Lunatic asylums Madras 1892-1911 - 1892-1911
Year: 1892
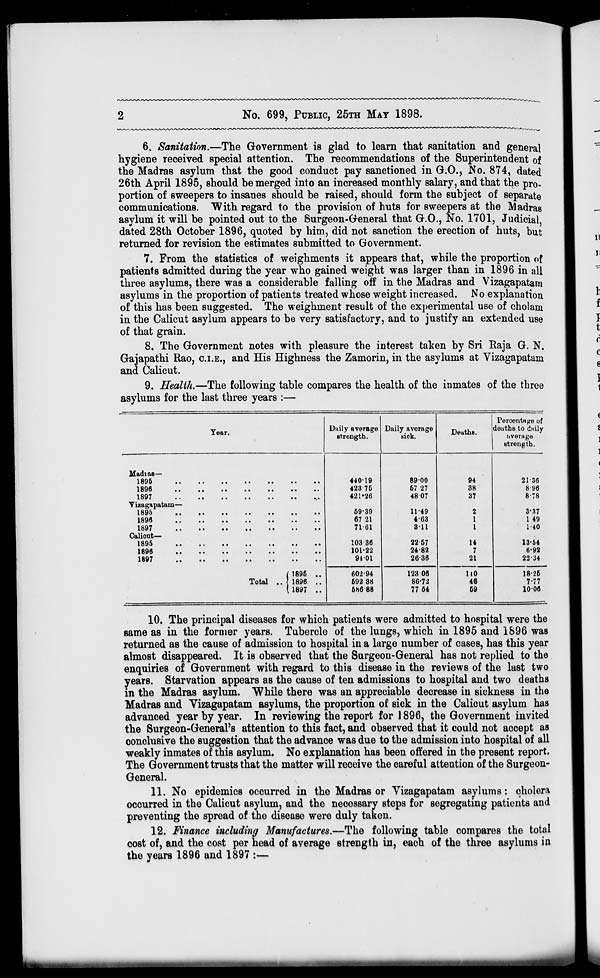
No. 699, PUBLIC, 25TH MAT 1898.
6. Sanitation.—The Government is glad to learn that sanitation and general
hygiene received special attention. The recommendations of the Superintendent of
the Madras asylum that the good conduct pay sanctioned in G.O., $o. 874, dated
26th April 1895, should be merged into an increased monthly salary, and that the pro-
portion of sweepers to insanes should be raised, should form the subject of separate
communications. "With regard to the provision of huts for sweepers at the Madras
asylum it will be pointed out to the Surgeon-General that G.O., No. 1701, Judicial
dated 28th October 1896, quoted by him, did not sanction the erection of huts, but
returned for revision the estimates submitted to Government.
7. From the statistics of weighments it appears that, while the proportion of
patients admitted during the year who gained weight was larger than in 1896 in all
three asylums, there was a considerable falling off in the Madras and Vizagapatam
asylums in the proportion of patients treated whose weight increased. No explanation
of this has been suggested. The weighment result of the experimental use of cholam
in the Calicut asylum appears to be very satisfactory, and to justify an extended use
of that grain.
8. The Government notes with pleasure the interest taken by Sri Eaja G. N.
Gajapathi Rao, C.I.E., and His Highness the Zamorin, in the asylums at Vizagapatam
and Calicut.
9. Health.—The following table compares the health of the inmates of the three
asylums for the last three years :—
Percentage of
Tear.
Daily average
strength.
Daily average
hick.
Deaths.
deathB to dnily
average
strength.
Madias—
440-19
8900
94
21-36
42376
67 27
38
896
421*26
4807
37
8-78
Vizagapatam—
59-39
11-49
2
3-37
67 21
4-63
1
1 49
71 61
311
1
1-40
Calicut—
103 36
22-57
14
13-54
101-22
24-82
. 7
6-92
( 1895 ..
9401
26-36
21
22-34
602 94
123 06
no
18-26
Total ., { 1896 ..
592 38
86-72
46
7-77
(1897 ..
58688
77 54
59
1006
10. The principal diseases for which patients were admitted to hospital were the
same as in the former years. Tubercle of the lungs, which in 1895 and 1896 was
returned as the cause of admission to hospital in a large number of cases, has this year
almost disappeared. It is observed that the Surgeou-General has not replied to the
enquiries of Government with regard to this disease in the reviews of the last two
years. Starvation appears as the cause of ten admissions to hospital and two deaths
in the Madras asylum. "While there was an appreciable decrease in sickness in the
Madras and Vizagapatam asylums, the proportion of sick in the Calicut asylum has
advanced year by year. In reviewing the report for 1896, the Government invited
the Surgeon-General's attention to this fact, and observed that it could not accept as
conclusive the suggestion that the advance was due to the admission into hospital of all
weakly inmates of this asylum. No explanation has been ottered in the present report.
The Government trusts that the matter will receive the careful attention of the Surgeon-
General.
11. No epidemics occurred in the Madras or Vizagapatam asylums: cholera
occurred in the Calicut asylum, and the necessary steps for segregating patients and
preventing the spread of the disease were duly taken.
12. Finance including Manufactures.—The following table compares the total
cost of, and the cost per head of average strength in, each of the three asylums in
the years 1896 and 1897 :—